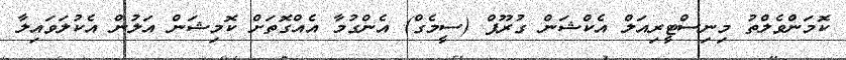
ކޮމަންވެލްތު މިނިސްޓީރިއަލް އެކްޝަން ގުރޫޕް (ސީމެގް) އެންގުމާ އެއްގޮތަށް ކޮމިޝަން އަލުން އެކުލަވައިލާ